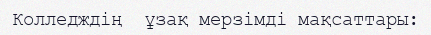
Колледждің  ұзақ мерзімді мақсаттары: